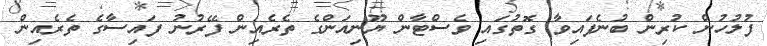
ފުލުހުން ކުރިން ބުނެފައިވާ ގޮތުގައި ވެސްޓާން ޔޫނިއަންގެ ތެރެއިން ފޭރުނު ފައިސާގެ ތެރެއިން